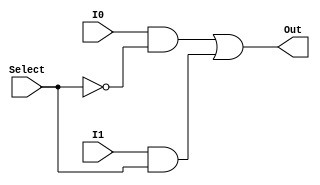
module BS_MUX
(
	input I0,
	input I1,
	input Select,
	output Out
);

assign Out = (I0 & ~Select) | (I1 & Select);
endmodule